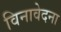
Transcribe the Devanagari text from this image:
विनावेदना